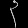
Digit: ၃